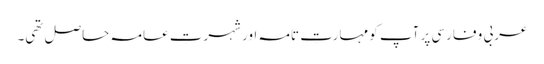
عربی و فارسی پر آپ کو مہارتِ تامہ اور شہرتِ عامہ حاصل تھی۔